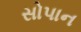
સોપાન